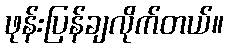
ဖုန်းပြန်ချလိုက်တယ်။